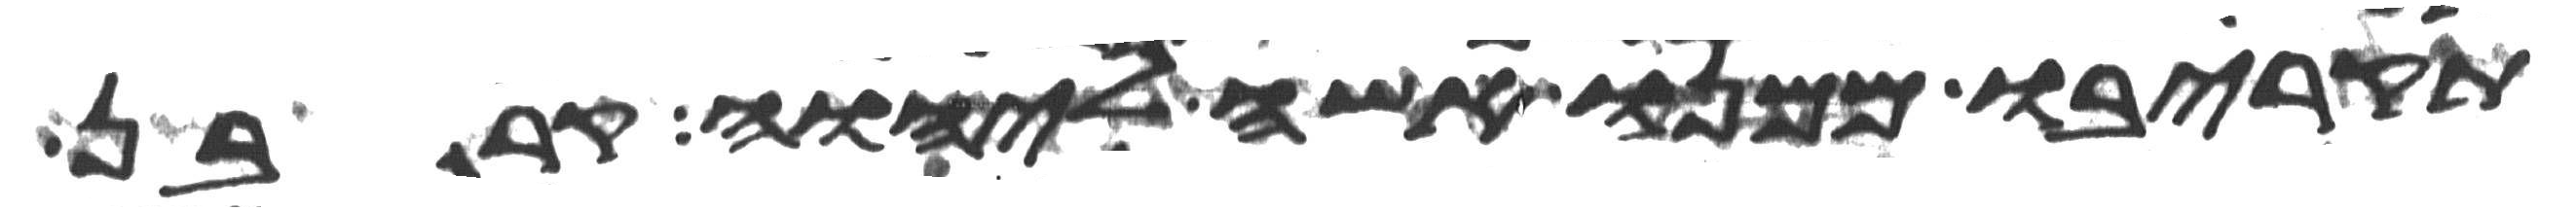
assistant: תקריבו ממנו אשה ליהוה קרבן